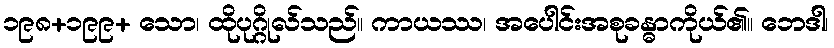
၁၉၈+၁၉၉+ သော၊ ထိုပုဂ္ဂိုလ်သည်။ ကာယဿ၊ အပေါင်းအစုခန္ဓာကိုယ်၏။ ဘေဒါ၊